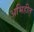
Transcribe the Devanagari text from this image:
अभिहीत्